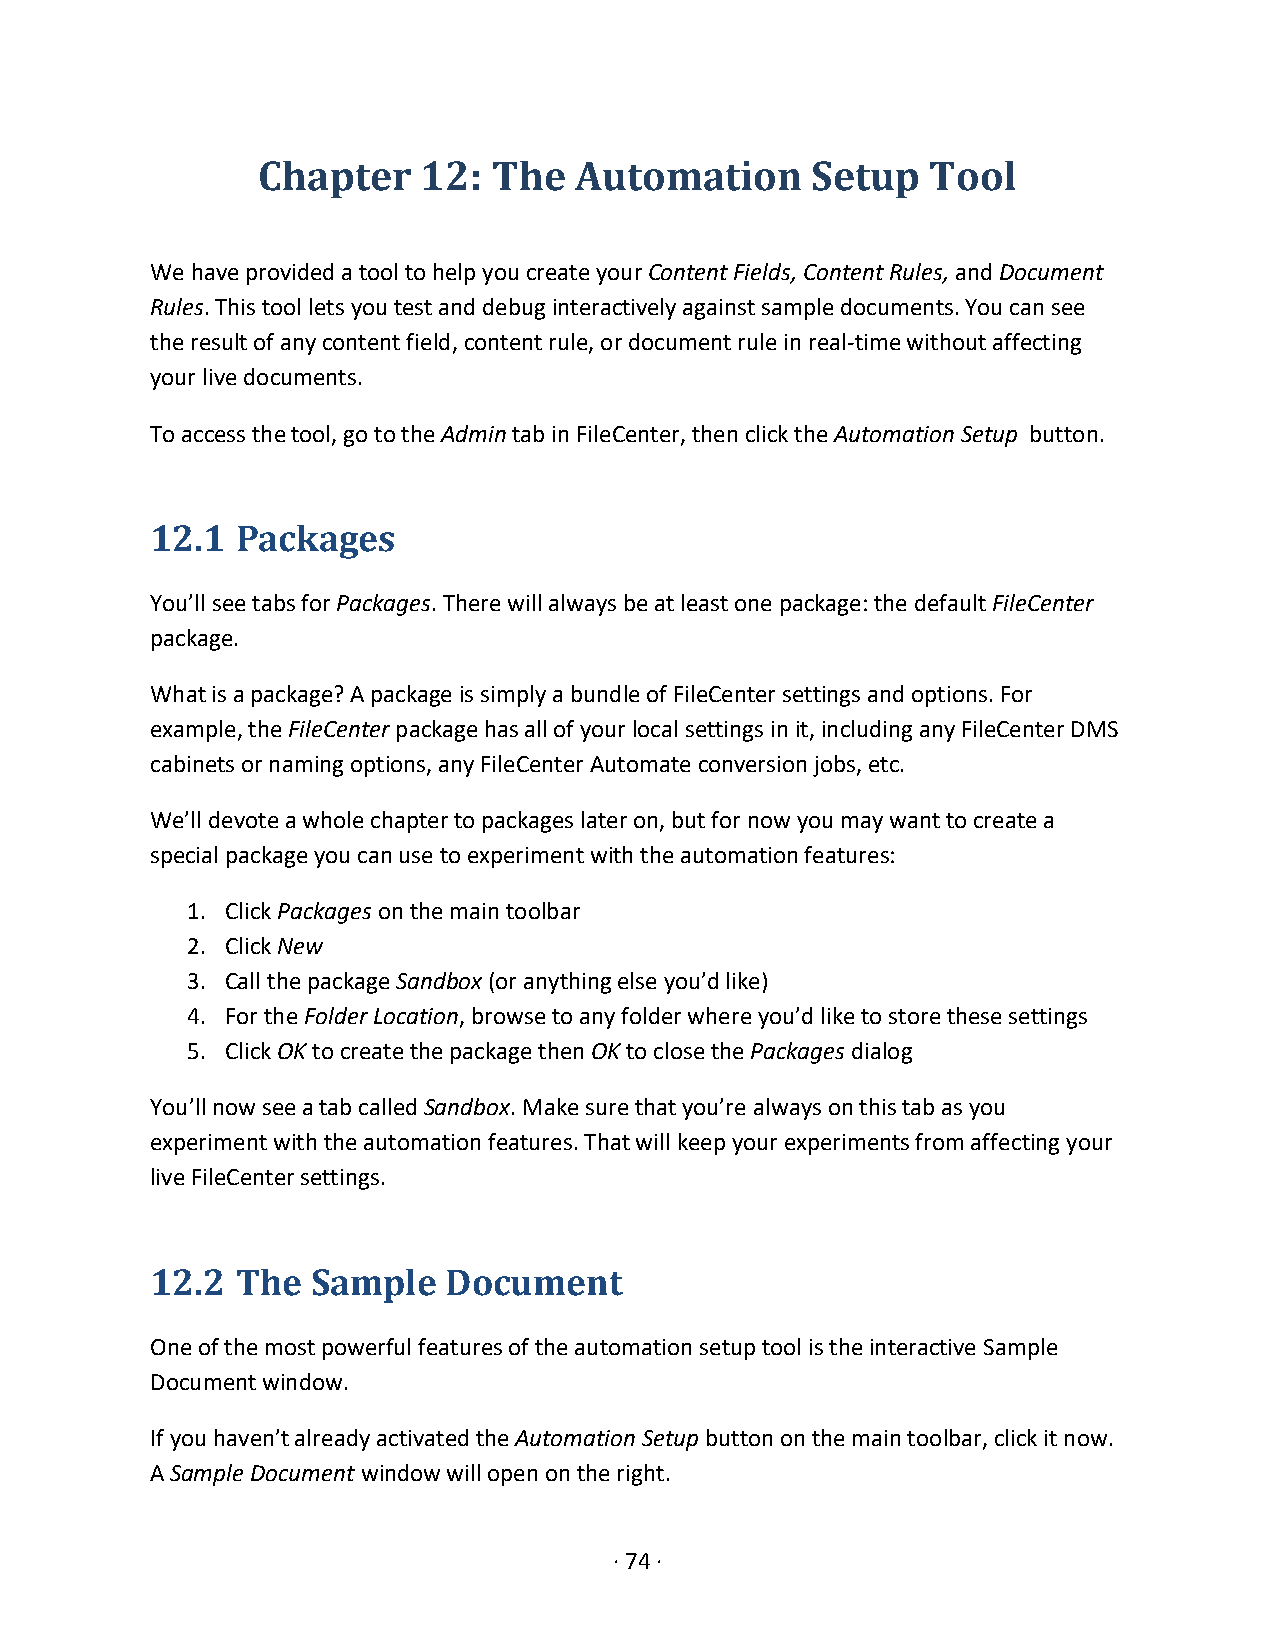
Chapter    12:  The  Automation      Setup   Tool
 We have provided a tool to help you create your Content Fields, Content Rules, and Document
 Rules. This tool lets you test and debug interactively against sample documents. You can see
 the result of any content field, content rule, or document rule in real-time without affecting
 your live documents.
 To access the tool, go to the Admin tab in FileCenter, then click the Automation Setup button.
 12.1  Packages
 You’ll see tabs for Packages. There will always be at least one package: the default FileCenter
 package.
 What is a package? A package is simply a bundle of FileCenter settings and options. For
 example, the FileCenter package has all of your local settings in it, including any FileCenter DMS
 cabinets or naming options, any FileCenter Automate conversion jobs, etc.
 We’ll devote a whole chapter to packages later on, but for now you may want to create a
 special package you can use to experiment with the automation features:
 1. Click Packages on the main toolbar
 2. Click New
 3. Call the package Sandbox (or anything else you’d like)
 4. For the Folder Location, browse to any folder where you’d like to store these settings
 5. Click OK to create the package then OK to close the Packages dialog
 You’ll now see a tab called Sandbox. Make sure that you’re always on this tab as you
 experiment with the automation features. That will keep your experiments from affecting your
 live FileCenter settings.
 12.2  The  Sample  Document
 One of the most powerful features of the automation setup tool is the interactive Sample
 Document window.
 If you haven’t already activated the Automation Setup button on the main toolbar, click it now.
 A Sample Document window will open on the right.
 · 74 ·